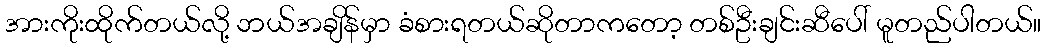
အားကိုးထိုက်တယ်လို့ ဘယ်အချိန်မှာ ခံစားရတယ်ဆိုတာကတော့ တစ်ဦးချင်းဆီပေါ် မူတည်ပါတယ်။